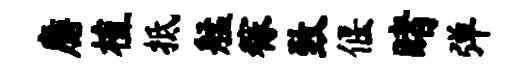
麝植抵艋稼致偃睹弹